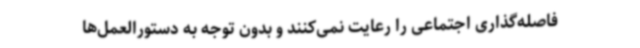
فاصله‌گذاری اجتماعی را رعایت نمی‌کنند و بدون توجه به دستورالعمل‌ها